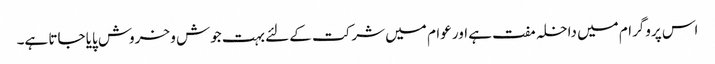
اس پروگرام میں داخلہ مفت ہے اور عوام میں شرکت کے لئے بہت جوش و خروش پایا جاتا ہے۔